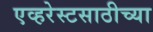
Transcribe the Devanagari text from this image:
एव्हरेस्टसाठीच्या